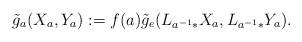
LaTeX: \begin{align*} \tilde{g}_a(X_a,Y_a):=f(a)\tilde{g}_e(L_{a^{-1}\ast}X_a,L_{a^{-1}\ast}Y_a).\end{align*}